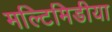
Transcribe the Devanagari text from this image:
मल्टिमिडीया